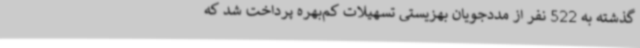
گذشته به 522 نفر از مددجویان بهزیستی تسهیلات کم‌بهره پرداخت شد که